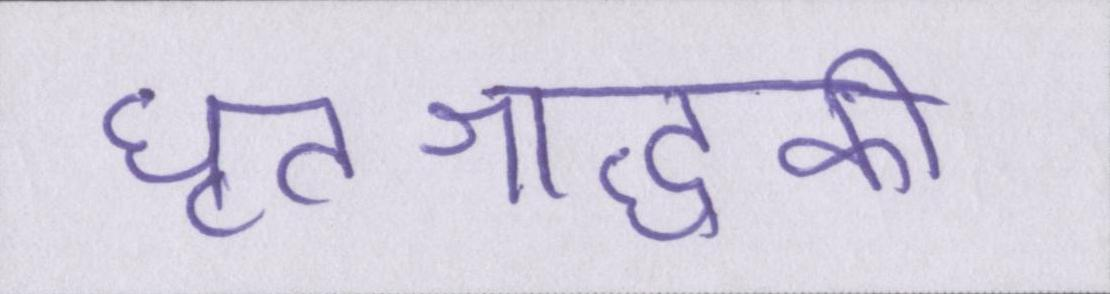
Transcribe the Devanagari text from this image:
घृतश्राद्धकी